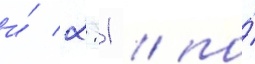
и́ 2:1 / по́